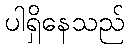
ပါရှိနေသည်